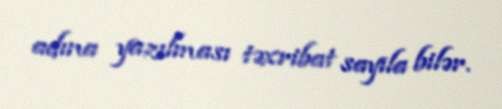
adına yazılması təxribat sayıla bilər.